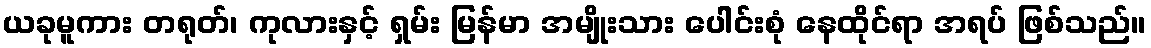
ယခုမူကား တရုတ်၊ ကုလားနှင့် ရှမ်း မြန်မာ အမျိုးသား ပေါင်းစုံ နေထိုင်ရာ အရပ် ဖြစ်သည်။